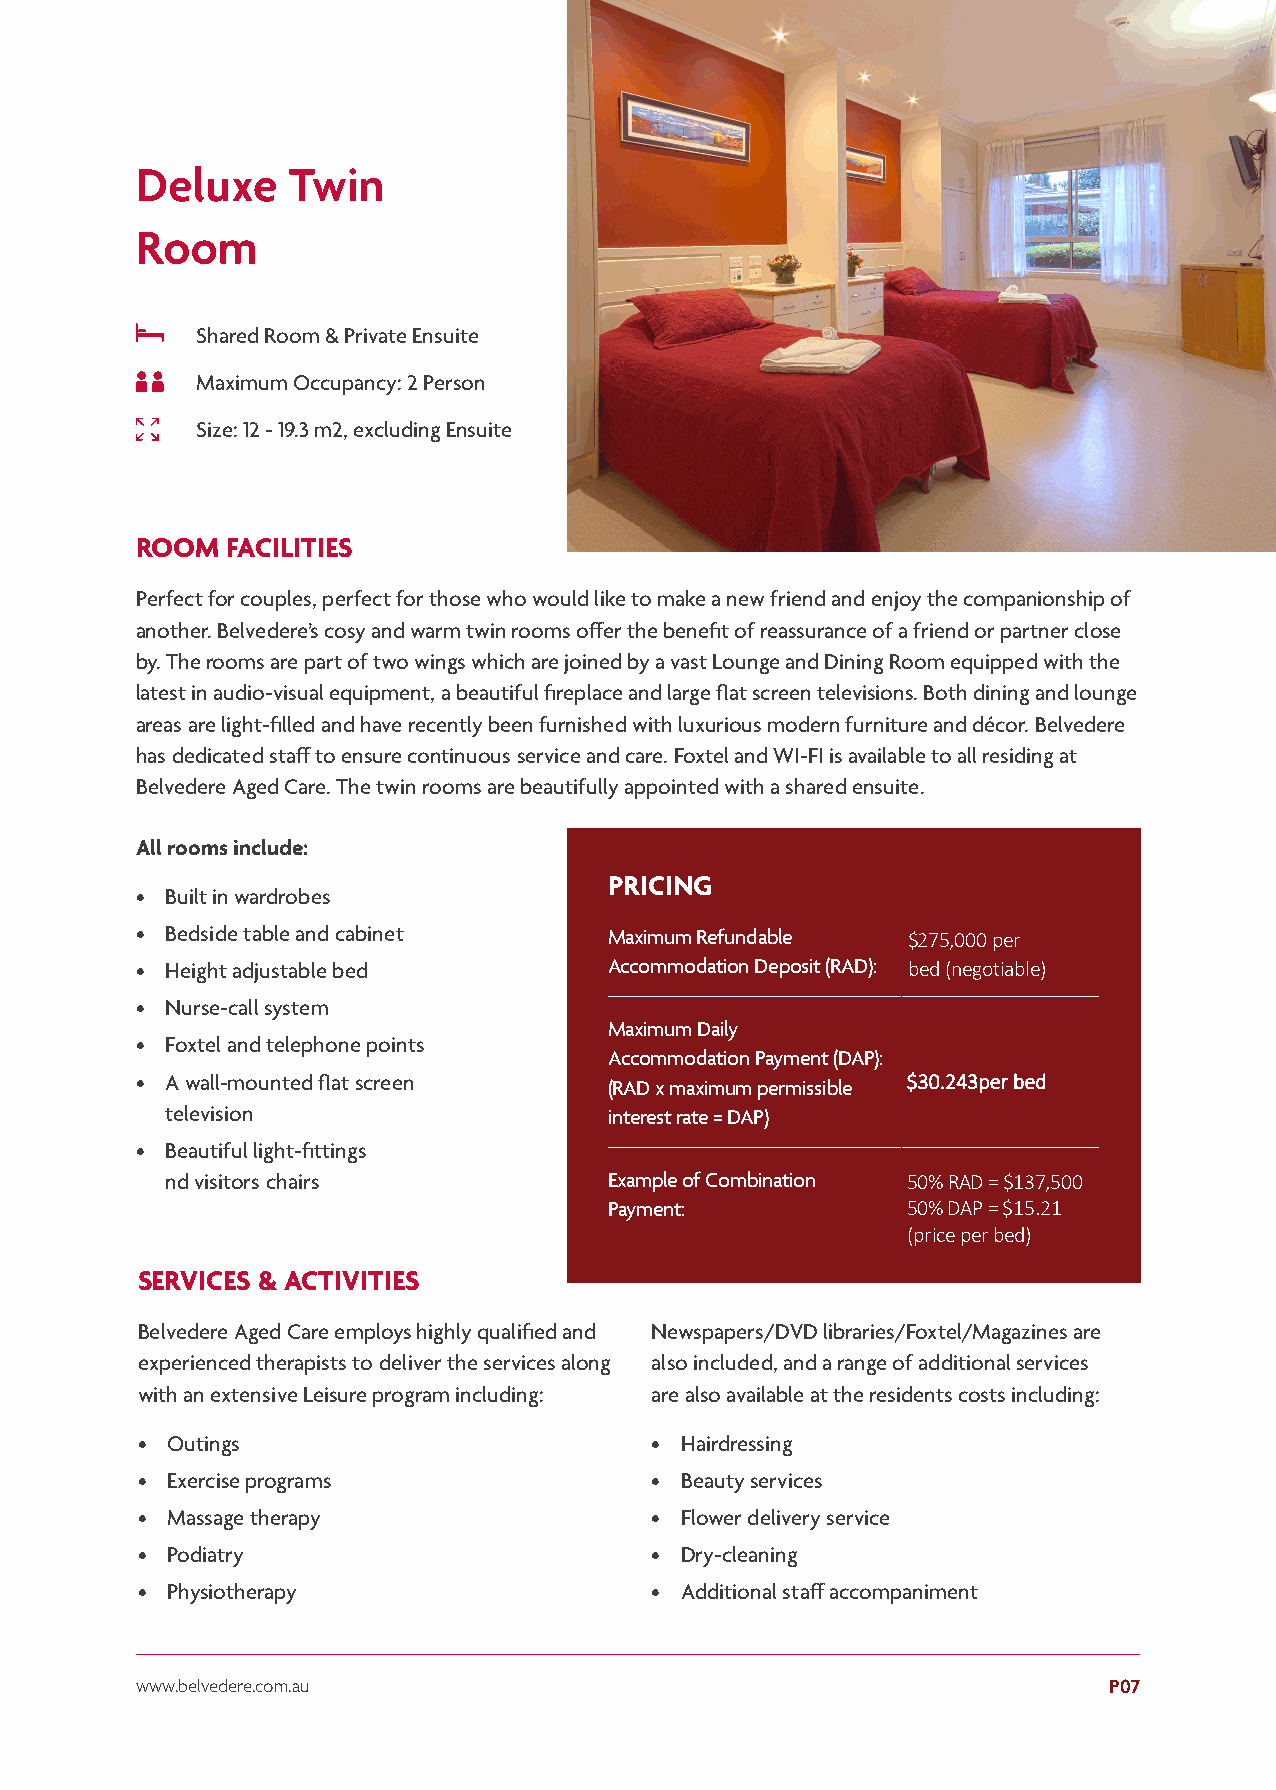
Deluxe    Twin
 Room
 Shared Room & Private Ensuite
 Maximum Occupancy: 2 Person
 Size: 12 - 19.3 m2, excluding Ensuite
 ROOM  FACILITIES
 Perfect for couples, perfect for those who would like to make a new friend and enjoy the companionship of
 another. Belvedere’s cosy and warm twin rooms offer the benefit of reassurance of a friend or partner close
 by. The rooms are part of two wings which are joined by a vast Lounge and Dining Room equipped with the
 latest in audio-visual equipment, a beautiful fireplace and large flat screen televisions. Both dining and lounge
 areas are light-filled and have recently been furnished with luxurious modern furniture and décor. Belvedere
 has dedicated staff to ensure continuous service and care. Foxtel and WI-FI is available to all residing at
 Belvedere Aged Care. The twin rooms are beautifully appointed with a shared ensuite.
 All rooms include:
 PRICING
 • Built in wardrobes
 • Bedside table and cabinet    Maximum Refundable  $275,000 per
 • Height adjustable bed        Accommodation Deposit (RAD): bed (negotiable)
 • Nurse-call system
 Maximum Daily
 • Foxtel and telephone points
 Accommodation Payment (DAP):
 • A wall-mounted flat screen   (RAD x maximum permissible $30.243per bed
 television                   interest rate = DAP)
 • Beautiful light-fittings
 nd visitors chairs           Example of Combination 50% RAD = $137,500
 Payment:            50% DAP = $15.21
 (price per bed)
 SERVICES & ACTIVITIES
 Belvedere Aged Care employs highly qualified and Newspapers/DVD libraries/Foxtel/Magazines are
 experienced therapists to deliver the services along also included, and a range of additional services
 with an extensive Leisure program including: are also available at the residents costs including:
 • Outings                         • Hairdressing
 • Exercise programs               • Beauty services
 • Massage therapy                 • Flower delivery service
 • Podiatry                        • Dry-cleaning
 • Physiotherapy                   • Additional staff accompaniment
 www.belvedere.com.au                                            P07